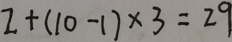
2 + ( 1 0 - 1 ) \times 3 = 2 9